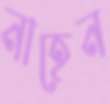
নাহেন